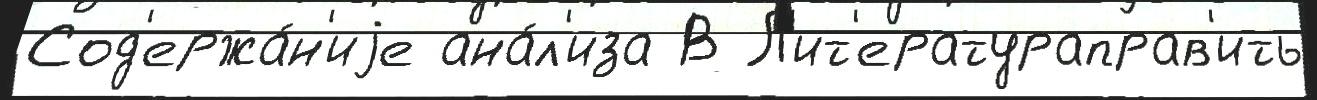
Сод'ержа́н'иjе ана́л'иза В Л'ит'ератураправ'ить